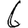
Digit: 6